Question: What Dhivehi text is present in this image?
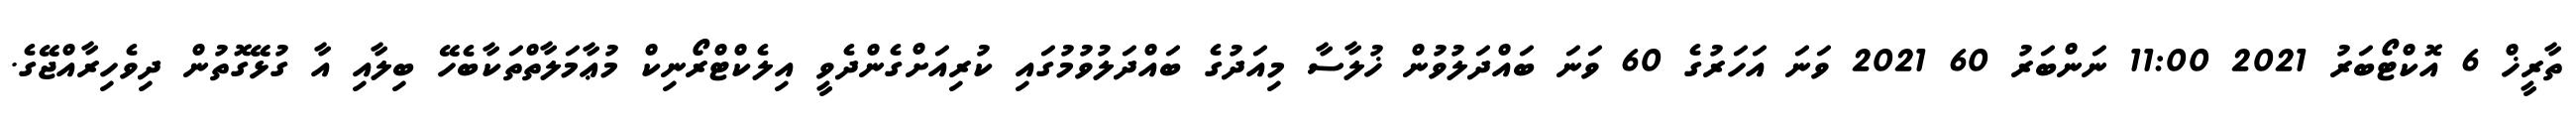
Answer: ތާރީޚް 6 އޮކްޓޯބަރު 2021 11:00 ނަންބަރު 60 2021 ވަނަ އަހަރުގެ 60 ވަނަ ބައްދަލުވުން ޚުލާސާ މިއަދުގެ ބައްދަލުވުމުގައި ކުރިއަށްގެންދެވީ އިލެކްޓްރޯނިކް މުޢާމަލާތްތަކާބެހޭ ބިލާއި އާ ގުޅޭގޮތުން ދިވެހިރާއްޖޭގެ.